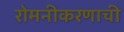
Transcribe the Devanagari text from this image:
रोमनीकरणाची